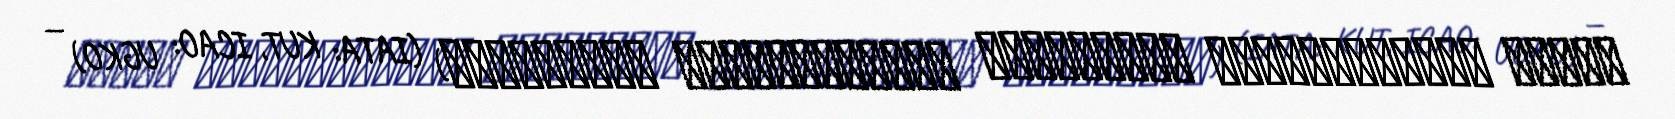
დავით აღმაშენებლის სახელობის საერთაშორისო აეროპორტი) (IATA: KUT, ICAO: UGKO) —